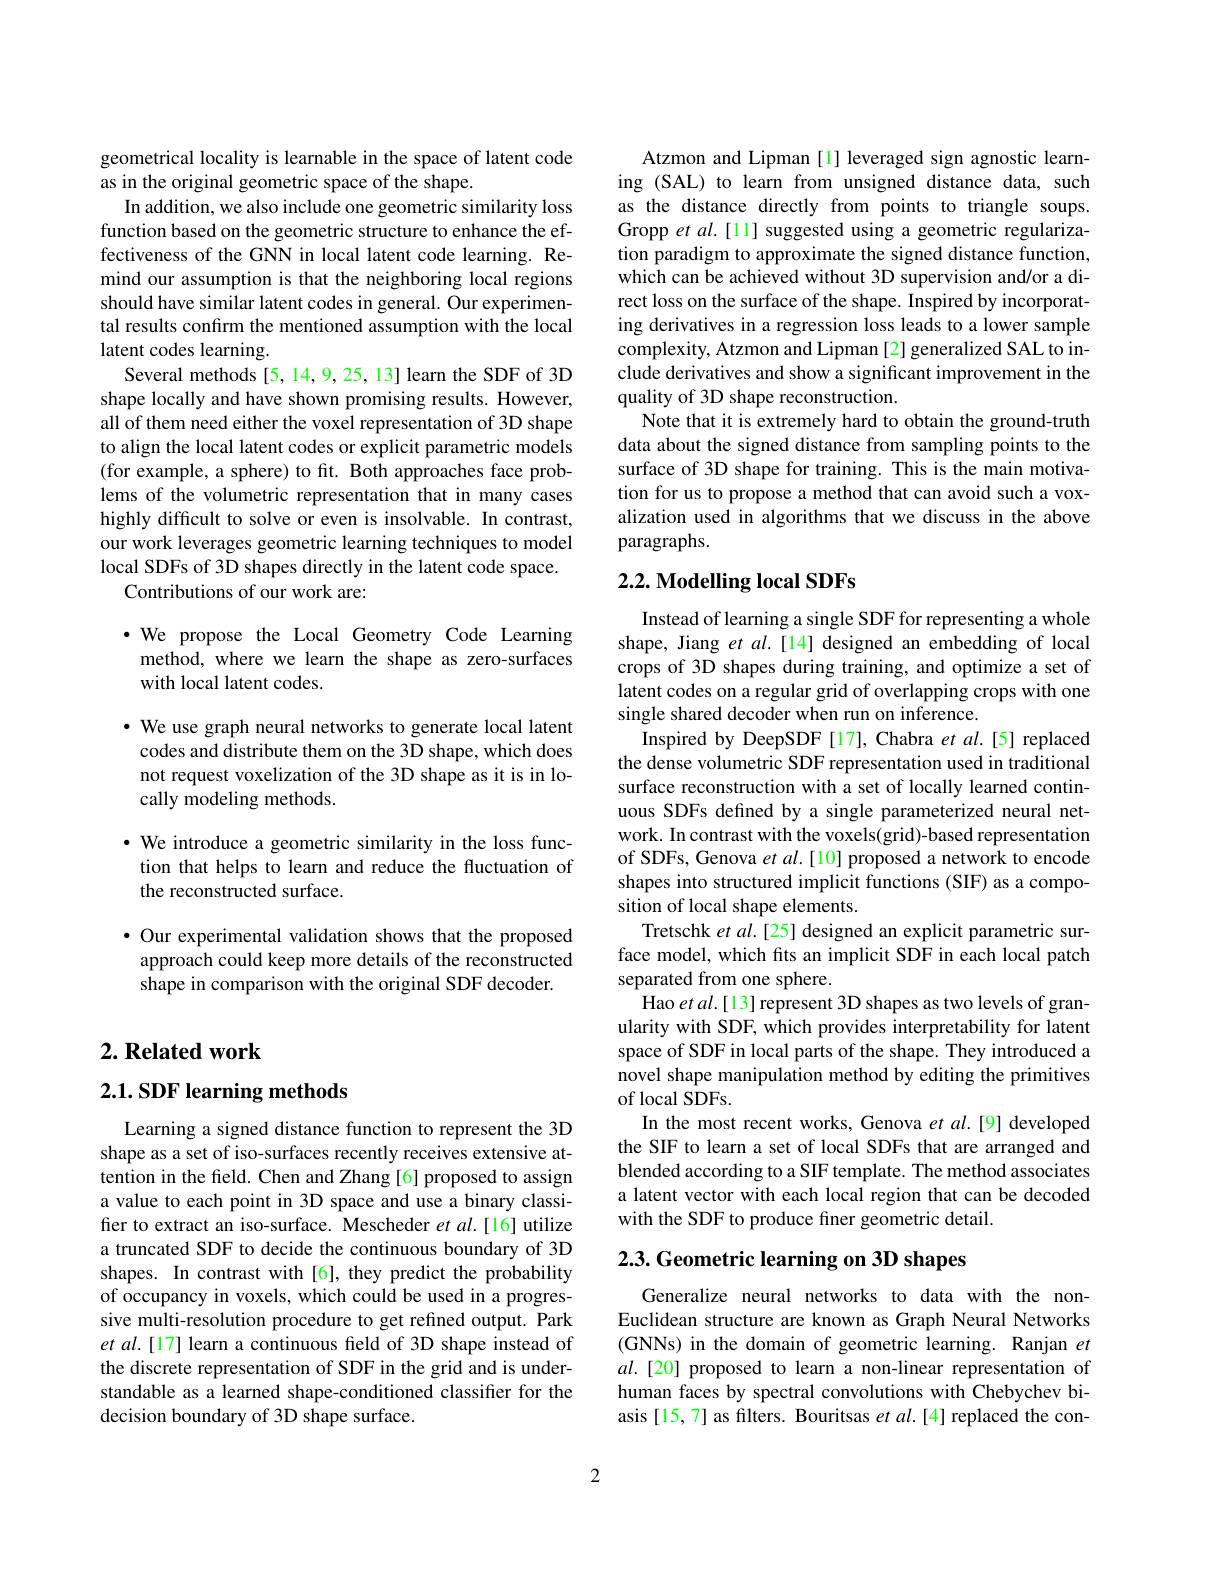
geometrical locality is learnable in the space of latent code
as in the original geometric space of the shape.
In addition, we also include one geometric similarity loss function based on the geometric structure to enhance the effectiveness of the GNN in local latent code learning. Remind our assumption is that the neighboring local regions should have similar latent codes in general. Our experimental results confirm the mentioned assumption with the local latent codes learning.
Several methods[5,14,9,25,13] learn the SDF of 3D shape locally and have shown promising results. However, all of them need either the voxel representation of 3D shape to align the local latent codes or explicit parametric models (for example, a sphere) to fit. Both approaches face problems of the volumetric representation that in many cases highly difficult to solve or even is insolvable. In contrast, our work leverages geometric learning techniques to model local SDFs of 3D shapes directly in the latent code space.
Contributions of our work are:

$\cdot$ We propose the Local Geometry Code Learning method, where we learn the shape as zero-surfaces with local latent codes.

· We use graph neural networks to generate local latent
codes and distribute them on the 3D shape, which does not request voxelization of the 3D shape as it is in locally modeling methods.

$\cdot$ We introduce a geometric similarity in the loss function that helps to learn and reduce the fluctuation of the reconstructed surface.

$\bullet$ Our experimental validation shows that the proposed approach could keep more details of the reconstructed shape in comparison with the original SDF decoder.

## $2. \textbf{Related work}$

$2. 1. \textbf{SDF learning methods}$

Learning a signed distance function to represent the 3D shape as a set of iso-surfaces recently receives extensive attention in the field. Chen and Zhang [6] proposed to assign a value to each point in 3D space and use a binary classifier to extract an iso-surface. Mescheder et al.[16] utilize a truncated SDF to decide the continuous boundary of 3D shapes. In contrast with[6], they predict the probability of occupancy in voxels, which could be used in a progressive multi-resolution procedure to get refined output. Park et al.[17] learn a continuous field of 3D shape instead of the discrete representation of SDF in the grid and is understandable as a learned shape-conditioned classifier for the decision boundary of 3D shape surface.

Atzmon and Lipman [1] leveraged sign agnostic learning (SAL) to learn from unsigned distance data, such as the distance directly from points to triangle soups. Gropp et al.[11] suggested using a geometric regularization paradigm to approximate the signed distance function, which can be achieved without 3D supervision and/or a direct loss on the surface of the shape. Inspired by incorporating derivatives in a regression loss leads to a lower sample complexity, Atzmon and Lipman [2] generalized SAL to include derivatives and show a significant improvement in the quality of 3D shape reconstruction.
Note that it is extremely hard to obtain the ground-truth data about the signed distance from sampling points to the surface of 3D shape for training. This is the main motivation for us to propose a method that can avoid such a voxalization used in algorithms that we discuss in the above paragraphs.

# 2.2. Modelling local SDFs

Instead of learning a single SDF for representing a whole shape, Jiang $et$ al.[14] designed an embedding of local crops of 3D shapes during training, and optimize a set of latent codes on a regular grid of overlapping crops with one single shared decoder when run on inference.
Inspired by DeepSDF [17], Chabra et al.[5] replaced the dense volumetric SDF representation used in traditional surface reconstruction with a set of locally learned continuous SDFs defined by a single parameterized neural network. In contrast with the voxels(grid)-based representation of SDFs, Genova et $al.[10]$ proposed a network to encode shapes into structured implicit functions (SIF) as a composition of local shape elements.
Tretschk $etal.[25]$ designed an explicit parametric surface model, which fits an implicit SDF in each local patch separated from one sphere.
Hao et al.[13] represent 3D shapes as two levels of granularity with SDF, which provides interpretability for latent space of SDF in local parts of the shape. They introduced a novel shape manipulation method by editing the primitives of local SDFs.
In the most recent works, Genova et al.[9] developed the SIF to learn a set of local SDFs that are arranged and blended according to a SIF template. The method associates a latent vector with each local region that can be decoded with the SDF to produce finer geometric detail.

# 2.3. Geometric learning on 3D shapes

Generalize neural networks to data with the nonEuclidean structure are known as Graph Neural Networks (GNNs) in the domain of geometric learning. Ranjan $et$ $al.[20]$ proposed to learn a non-linear representation of human faces by spectral convolutions with Chebychev biasis [15,7] as filters. Bouritsas et al.[4] replaced the con-

2